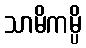
သာမိကမ္ပိ